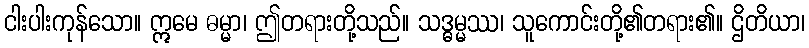
ငါးပါးကုန်သော။ ဣမေ ဓမ္မာ၊ ဤတရားတို့သည်။ သဒ္ဓမ္မဿ၊ သူကောင်းတို့၏တရား၏။ ဌိတိယာ၊